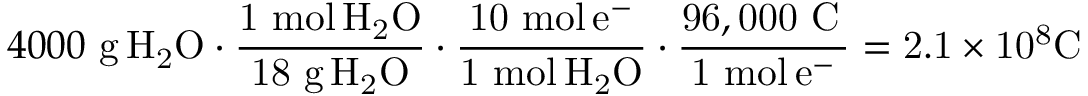
4 0 0 0 \ { \mathrm { g } } \, \mathrm { { { H } _ { 2 } \mathrm { { { O } \cdot { \frac { 1 \ { \mathrm { m o l } } \, \mathrm { { { H } _ { 2 } \mathrm { { O } } } } } { 1 8 \ { \mathrm { g } } \, H _ { 2 } O } } \cdot { \frac { 1 0 \ { \mathrm { m o l } } \, e ^ { - } } { 1 \ { \mathrm { m o l } } \, H _ { 2 } O } } \cdot { \frac { 9 6 , 0 0 0 \ { \mathrm { C } } \, } { 1 \ { \mathrm { m o l } } \, e ^ { - } } } = 2 . 1 \times 1 0 ^ { 8 } C \ \, \ } } } }